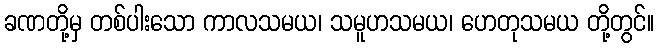
ခဏတို့မှ တစ်ပါးသော ကာလသမယ၊ သမူဟသမယ၊ ဟေတုသမယ တို့တွင်။